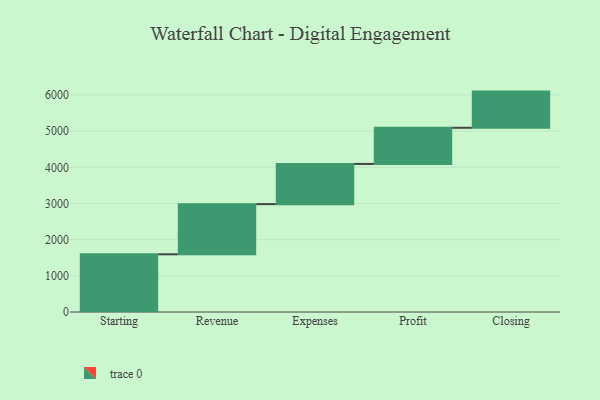
{"axis": {"x": "Step", "y": "Value"}, "legend": [""], "data": [{"x": "Starting", "y": 1595.0, "type": ""}, {"x": "Revenue", "y": 1387.0, "type": ""}, {"x": "Expenses", "y": 1111.0, "type": ""}, {"x": "Profit", "y": 1000, "type": ""}, {"x": "Closing", "y": 1000, "type": ""}]}